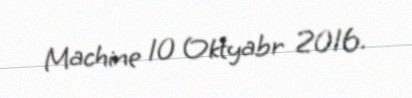
Machine 10 Oktyabr 2016.